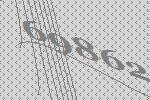
69862